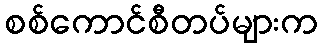
စစ်ကောင်စီတပ်များက